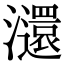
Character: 㶎